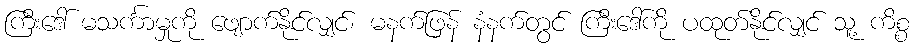
ကြီးဒေါ် မသင်္ကာမှုကို ဖျောက်နိုင်လျှင်၊ မနက်ဖြန် နံနက်တွင် ကြီးဒေါ်ကို ပထုတ်နိုင်လျှင် သူ့ ကိစ္စ